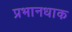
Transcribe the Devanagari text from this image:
प्रभानधाक